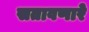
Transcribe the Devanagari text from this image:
सतावणारे